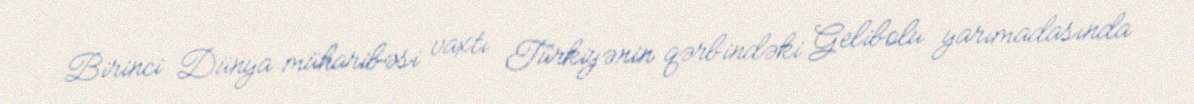
Birinci Dünya müharibəsi vaxtı Türkiyənin qərbindəki Gelibolu yarımadasında